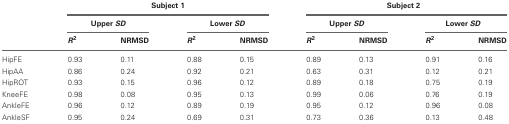
|  | <COLSPAN=4> Subject 1 | <COLSPAN=4> Subject 2 |
 |  | <COLSPAN=2> Upper SD | <COLSPAN=2> Lower SD | <COLSPAN=2> Upper SD | <COLSPAN=2> Lower SD |
 |  | R2 | NRMSD | R2 | NRMSD | R2 | NRMSD | R2 | NRMSD |
 | --- | --- | --- | --- | --- | --- | --- | --- | --- |
 | HipFE | 0.93 | 0.11 | 0.88 | 0.15 | 0.89 | 0.13 | 0.91 | 0.16 |
 | HipAA | 0.86 | 0.24 | 0.92 | 0.21 | 0.63 | 0.31 | 0.12 | 0.21 |
 | HipROT | 0.93 | 0.15 | 0.96 | 0.12 | 0.89 | 0.18 | 0.75 | 0.19 |
 | KneeFE | 0.98 | 0.08 | 0.95 | 0.13 | 0.99 | 0.06 | 0.76 | 0.19 |
 | AnkleFE | 0.96 | 0.12 | 0.89 | 0.19 | 0.95 | 0.12 | 0.96 | 0.08 |
 | AnkleSF | 0.95 | 0.24 | 0.69 | 0.31 | 0.73 | 0.36 | 0.13 | 0.48 |